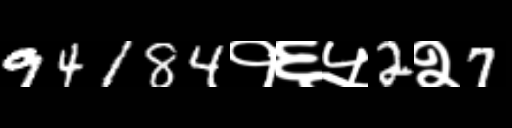
Text: 94184१६५2२7